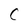
Character: C